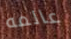
عالمه